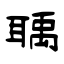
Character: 聥